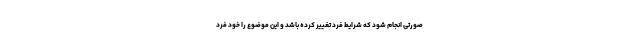
صورتی انجام شود که شرایط فرد تغییر کرده باشد و این موضوع را خود فرد